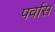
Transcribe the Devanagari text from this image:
पर्वास